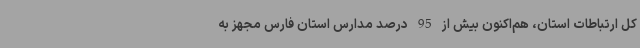
کل ارتباطات استان، هم‌اکنون بیش از 95 درصد مدارس استان فارس مجهز به